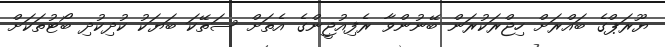
ޔޫރަޕްގެ ބައްރަށް ހިޖްރަކުރަން ބޭނުންވާ ރެފިއުޖީންގެ އެތަށް ސަތޭކަ ބަޔަކު ކުދިކުދި ބޯޓުތަކަށް